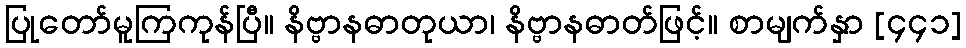
ပြုတော်မူကြကုန်ပြီ။ နိဗ္ဗာနဓာတုယာ၊ နိဗ္ဗာနဓာတ်ဖြင့်။ စာမျက်နှာ [၄၄၁]